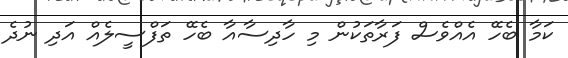
ކަމާ ބެހޭ އެއްވެސް ފަރާތަކުން މި ހާދިސާއާ ބެހޭ ތަފްސީލެއް އަދި ނުދެ